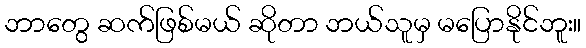
ဘာတွေ ဆက်ဖြစ်မယ် ဆိုတာ ဘယ်သူမှ မပြောနိုင်ဘူး။